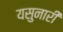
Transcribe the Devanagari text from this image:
यसुनारी